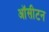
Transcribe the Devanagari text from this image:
ऑसीटन